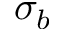
\sigma _ { b }